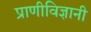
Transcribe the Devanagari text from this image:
प्राणीविज्ञानी